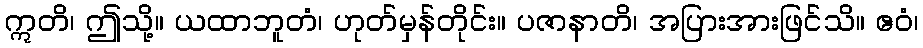
ဣတိ၊ ဤသို့။ ယထာဘူတံ၊ ဟုတ်မှန်တိုင်း။ ပဇာနာတိ၊ အပြားအားဖြင်သိ။ ဧဝံ၊